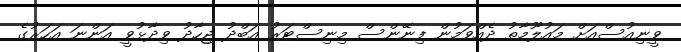
ވީނިއުސްއަށް މައުލޫމާތު ދެއްވަމުން ފިނޭންސް މިނިސްޓަރު އަބްދު ޖިހާދު ވިދާޅުވީ އަންނަ އަހަރުގެ